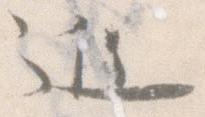
近